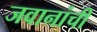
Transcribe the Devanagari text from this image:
जवानांची